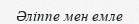
Әліппе мен емле